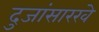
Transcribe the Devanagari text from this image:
दुजांसारखे